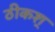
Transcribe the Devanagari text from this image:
ठीकश्